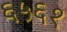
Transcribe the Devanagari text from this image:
६५६१